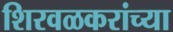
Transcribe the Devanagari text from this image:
शिरवळकरांच्या